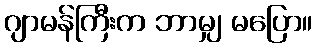
ဂျာမန်ကြီးက ဘာမျှ မပြော။